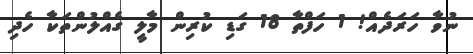
ނުވާ ހަރަދެއް! 1 ހަފްތާ 18 ގަޑި ކުރިން މާލީ ގެއްލުންތަކާ ހެދި